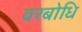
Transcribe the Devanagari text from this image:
वरबोधि